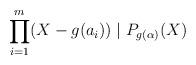
LaTeX: \begin{align*}\prod_{i=1}^{m}(X-g(a_i))\mid P_{g(\alpha)}(X)\end{align*}